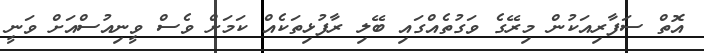
އޮތް ސަފާރިއަކުން މިރޭގެ ވަގުތެއްގައި ބޭލި ރާފުޅިތަކެއް ކަމަށް ވެސް ވީނިއުސްއަށް ވަނީ